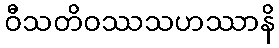
ဝီသတိဝဿသဟဿာနိ